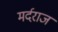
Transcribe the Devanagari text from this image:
मर्दराज